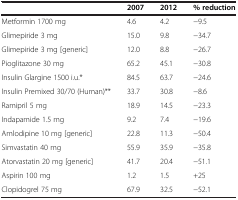
|  | 2007 | 2012 | % reduction |
 | --- | --- | --- | --- |
 | Metformin 1700 mg | 4.6 | 4.2 | -9.5 |
 | Glimepiride 3 mg | 15.0 | 9.8 | -34.7 |
 | Glimepiride 3 mg [generic] | 12.0 | 8.8 | -26.7 |
 | Pioglitazone 30 mg | 65.2 | 45.1 | -30.8 |
 | Insulin Glargine 1500 i.u.* | 84.5 | 63.7 | -24.6 |
 | Insulin Premixed 30/70 (Human)** | 33.7 | 30.8 | -8.6 |
 | Ramipril 5 mg | 18.9 | 14.5 | -23.3 |
 | Indapamide 1.5 mg | 9.2 | 7.4 | -19.6 |
 | Amlodipine 10 mg [generic] | 22.8 | 11.3 | -50.4 |
 | Simvastatin 40 mg | 55.9 | 35.9 | -35.8 |
 | Atorvastatin 20 mg [generic] | 41.7 | 20.4 | -51.1 |
 | Aspirin 100 mg | 1.2 | 1.5 | +25 |
 | Clopidogrel 75 mg | 67.9 | 32.5 | -52.1 |